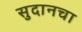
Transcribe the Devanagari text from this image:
सुदानचा